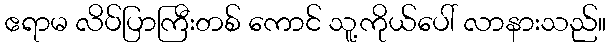
ဧရာမ လိပ်ပြာကြီးတစ် ကောင် သူ့ကိုယ်ပေါ် လာနားသည်။